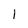
Character: 1